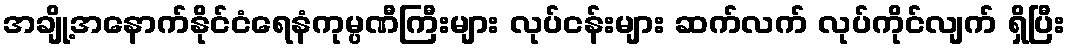
အချို့အနောက်နိုင်ငံရေနံကုမ္ပဏီကြီးများ လုပ်ငန်းများ ဆက်လက် လုပ်ကိုင်လျက် ရှိပြီး